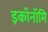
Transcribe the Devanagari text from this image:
इकॉनॉमि